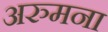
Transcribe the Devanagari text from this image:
अरुमना